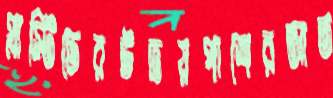
প্লাস্টিডেরউভয়পাশেরআত